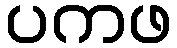
ပကဖ